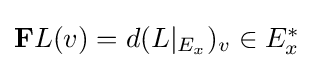
{\textstyle \mathbf {F} L(v)=d(L|_{E_{x}})_{v}\in E_{x}^{*}}